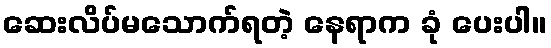
ဆေးလိပ်မသောက်ရတဲ့ နေရာက ခုံ ပေးပါ။